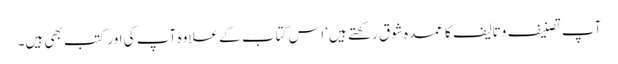
آپ تصنیف وتالیف کا عمدہ شوق رکھتے ہیں‘ اس کتاب کے علاوہ آپ کی اور کتب بھی ہیں۔